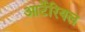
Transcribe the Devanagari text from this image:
आर्टेरियल